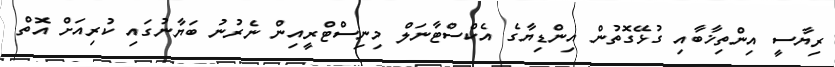
ރިޔާސީ އިންތިޚާބާއި ގުޅޭގޮތުން އިންޑިޔާގެ އެކްސްޓާނަލް މިނިސްޓްރީއިން ނެރުނު ބަޔާނުގައި ކުރިއަށް އޮތް